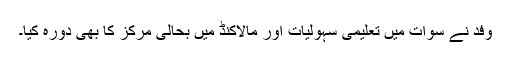
وفد نے سوات میں تعلیمی سہولیات اور مالاکنڈ میں بحالی مرکز کا بھی دورہ کیا۔